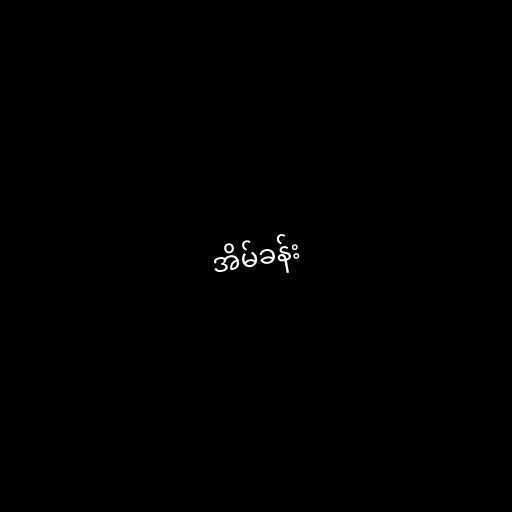
အိမ်ခန်း